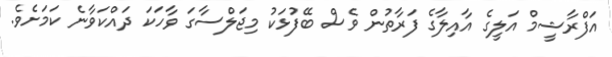
އަފްރާޝީމް އަލީގެ އާއިލާގެ ފަރާތުން ވެސް ބޭފުޅަކު މިޖަލްސާގަ ވާހަކަ ދައްކަވާނެ ކަމަށެވެ.